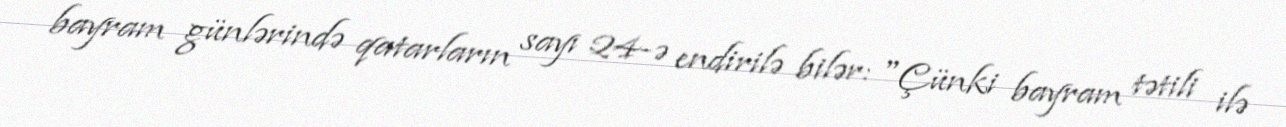
bayram günlərində qatarların sayı 24-ə endirilə bilər: "Çünki bayram tətili ilə